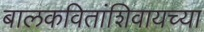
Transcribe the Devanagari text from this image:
बालकवितांशिवायच्या